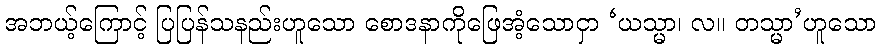
အဘယ့်ကြောင့် ပြပြန်သနည်းဟူသော စောဒနာကိုဖြေအံ့သောငှာ ‘ယသ္မာ၊ လ။ တသ္မာ’ဟူသော